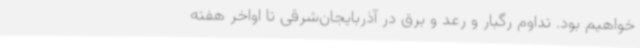
خواهیم بود. تداوم رگبار و رعد و برق در آذربایجان‌شرقی تا اواخر هفته